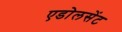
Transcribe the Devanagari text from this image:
एडोलसेंट